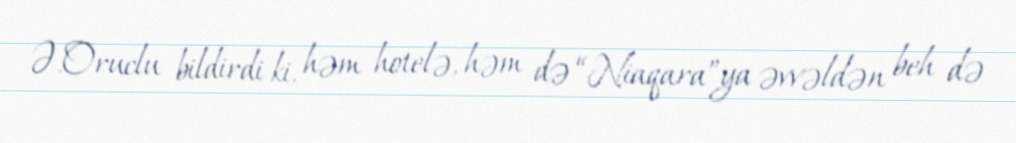
Ə.Oruclu bildirdi ki, həm hotelə, həm də “Niaqara”ya əvvəldən beh də